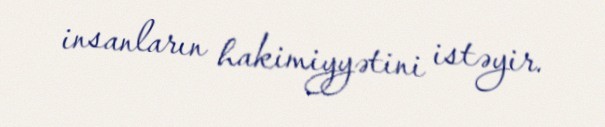
insanların hakimiyyətini istəyir.